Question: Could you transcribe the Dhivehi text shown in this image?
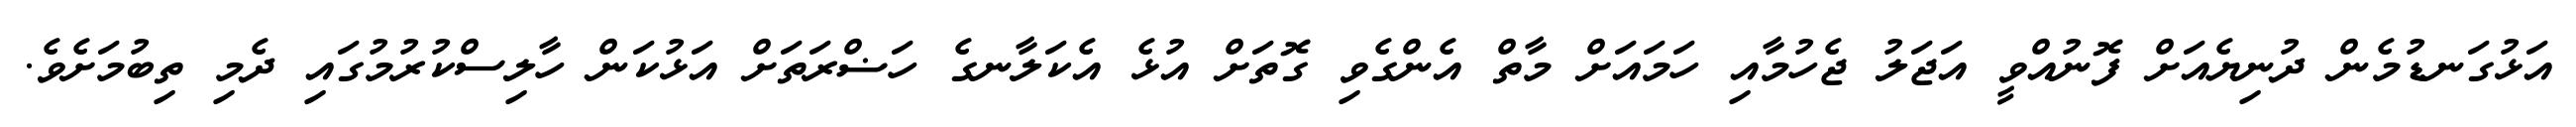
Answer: އަޅުގަނޑުމެން ދުނިޔެއަށް ފޮނުއްވީ އަޖަލު ޖެހުމާއި ހަމައަށް މާތް އެންގެވި ގޮތަށް އުޅެ އެކަލާނގެ ހަޟްރަތަށް އަޅުކަން ހާލިސްކުރުމުގައި ދެމި ތިބުމަށެވެ.